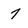
Character: 7